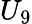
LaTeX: U_{9}